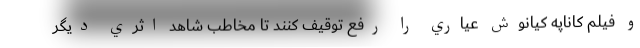
و فيلم کاناپه کيانوش عياري را رفع توقيف کنند تا مخاطب شاهد اثري ديگر